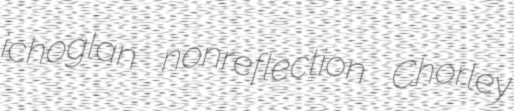
ichoglan nonreflection Chorley